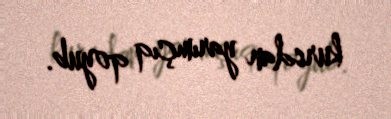
kursdan yarımçıq qoyub.